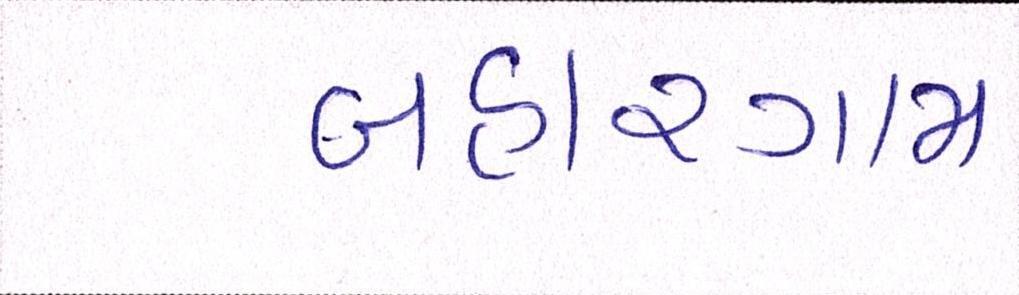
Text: બહારગામ